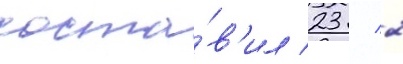
соста́в'ил 23 / 2